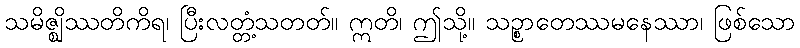
သမိဇ္ဈိဿတိကိရ၊ ပြီးလတ္တံ့သတတ်။ ဣတိ၊ ဤသို့။ သဉ္စာတေဿမနေဿာ၊ ဖြစ်သော